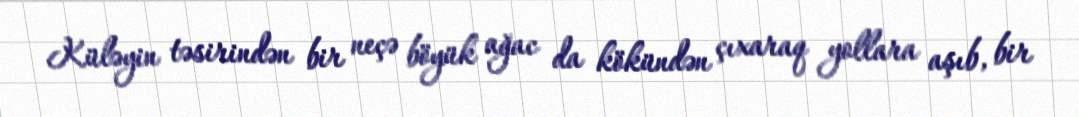
Küləyin təsirindən bir neçə böyük ağac da kökündən çıxaraq yollara aşıb, bir